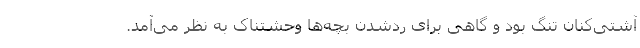
آشتی‌کنان تنگ بود و گاهی برای ردشدن بچه‌ها وحشتناک به نظر می‌آمد.